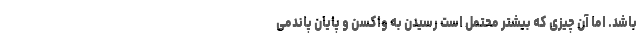
باشد. اما آن چیزی که بیشتر محتمل است رسیدن به واکسن و پایان پاندمی